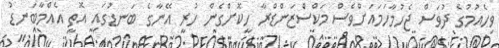
ވިހެއުމުގެ ދުވަސް ޖެހުމާހަމައަށްވެސް މަކްސްޒަންޑްރާ ހީކޮށްގެން ހުރީ އޭނާގެ ބަނޑުގައި އޮތީ އެއްމާބަނޑު